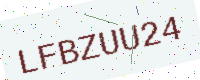
Text: LFBZUU24